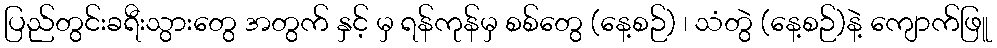
ပြည်တွင်းခရီးသွားတွေ အတွက် နှင့် မှ ရန်ကုန်မှ စစ်တွေ (နေ့စဉ်) ၊ သံတွဲ (နေ့စဉ်)နဲ့ ကျောက်ဖြူ